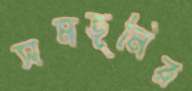
সমভূমির